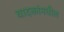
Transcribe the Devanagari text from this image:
वादकांमधील